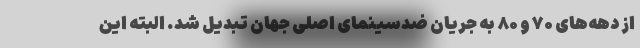
از دهه‌های ۷۰ و ۸۰ به جریان ضدسینمای اصلی جهان تبدیل شد. البته این